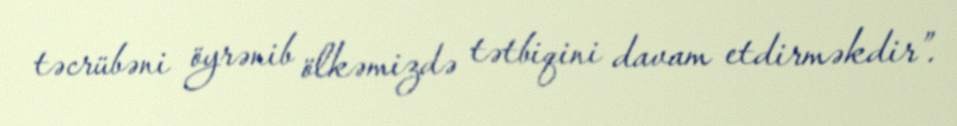
təcrübəni öyrənib ölkəmizdə tətbiqini davam etdirməkdir”.